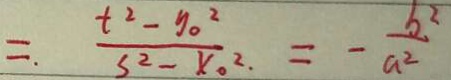
= \frac { t ^ { 2 } - y _ { 0 } ^ { 2 } } { 3 ^ { 2 } - x _ { 0 } ^ { 2 } } = - \frac { b ^ { 2 } } { a ^ { 2 } }